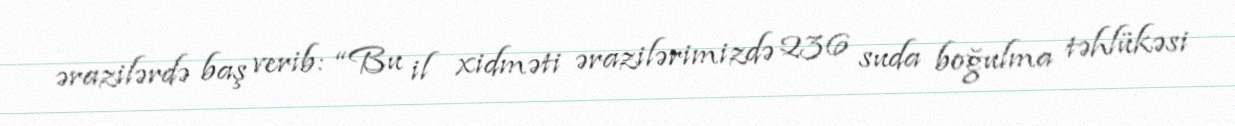
ərazilərdə baş verib: “Bu il xidməti ərazilərimizdə 236 suda boğulma təhlükəsi